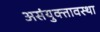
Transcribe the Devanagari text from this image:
असंयुक्तावस्था